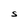
Character: S